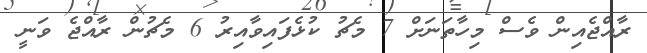
ރާއްޖެއިން ވެސް މިހާތަނަށް 7 މެޗު ކުޅެފައިވާއިރު 6 މެޗުން ރާއްޖެ ވަނީ